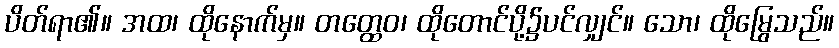
ပိတ်ရာ၏။ အထ၊ ထိုနောက်မှ။ တတ္ထေဝ၊ ထိုတောင်ပို့၌ပင်လျှင်။ သော၊ ထိုမြွေသည်။